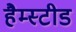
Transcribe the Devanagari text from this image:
हैम्स्टीड